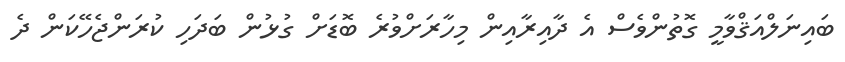
ބައިނަލްއަޤްވާމީ ގޮތުންވެސް އެ ދާއިރާއިން މިހާރަށްވުރެ ބޮޑަށް ގުޅުން ބަދަހި ކުރަންޖެހޭކަން ދެ